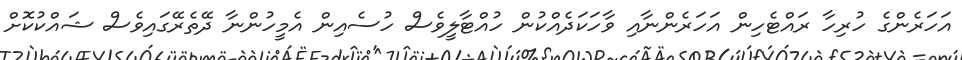
އަހަރެންގެ ހުރިހާ ރައްޓެހިން އަހަރެންނާއި ވާހަކަދެއްކުން ހުއްޓާލީވެސް ހުސެއިން އެމީހުންނާ ދޭތެރޭގައިވެސް ޝައްކުކޮށް